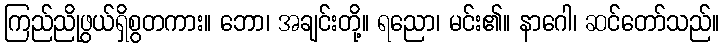
ကြည်ညိုဖွယ်ရှိစွတကား။ ဘော၊ အချင်းတို့။ ရညော၊ မင်း၏။ နာဂေါ၊ ဆင်တော်သည်။